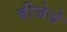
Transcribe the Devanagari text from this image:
बीजेजे